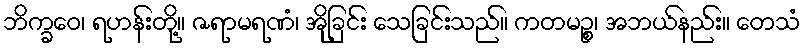
ဘိက္ခဝေ၊ ရဟန်းတို့။ ဇရာမရဏံ၊ အိုခြင်း သေခြင်းသည်။ ကတမဉ္စ၊ အဘယ်နည်း။ တေသံ